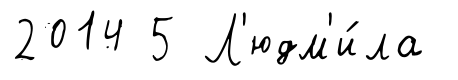
2014 5 Л'юдм'и́ла